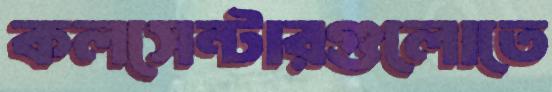
কলসেন্টারগুলোতে